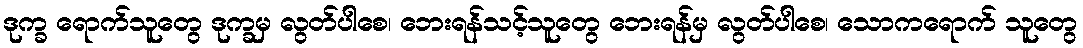
ဒုက္ခ ရောက်သူတွေ ဒုက္ခမှ လွတ်ပါစေ၊ ဘေးရန်သင့်သူတွေ ဘေးရန်မှ လွတ်ပါစေ၊ သောကရောက် သူတွေ